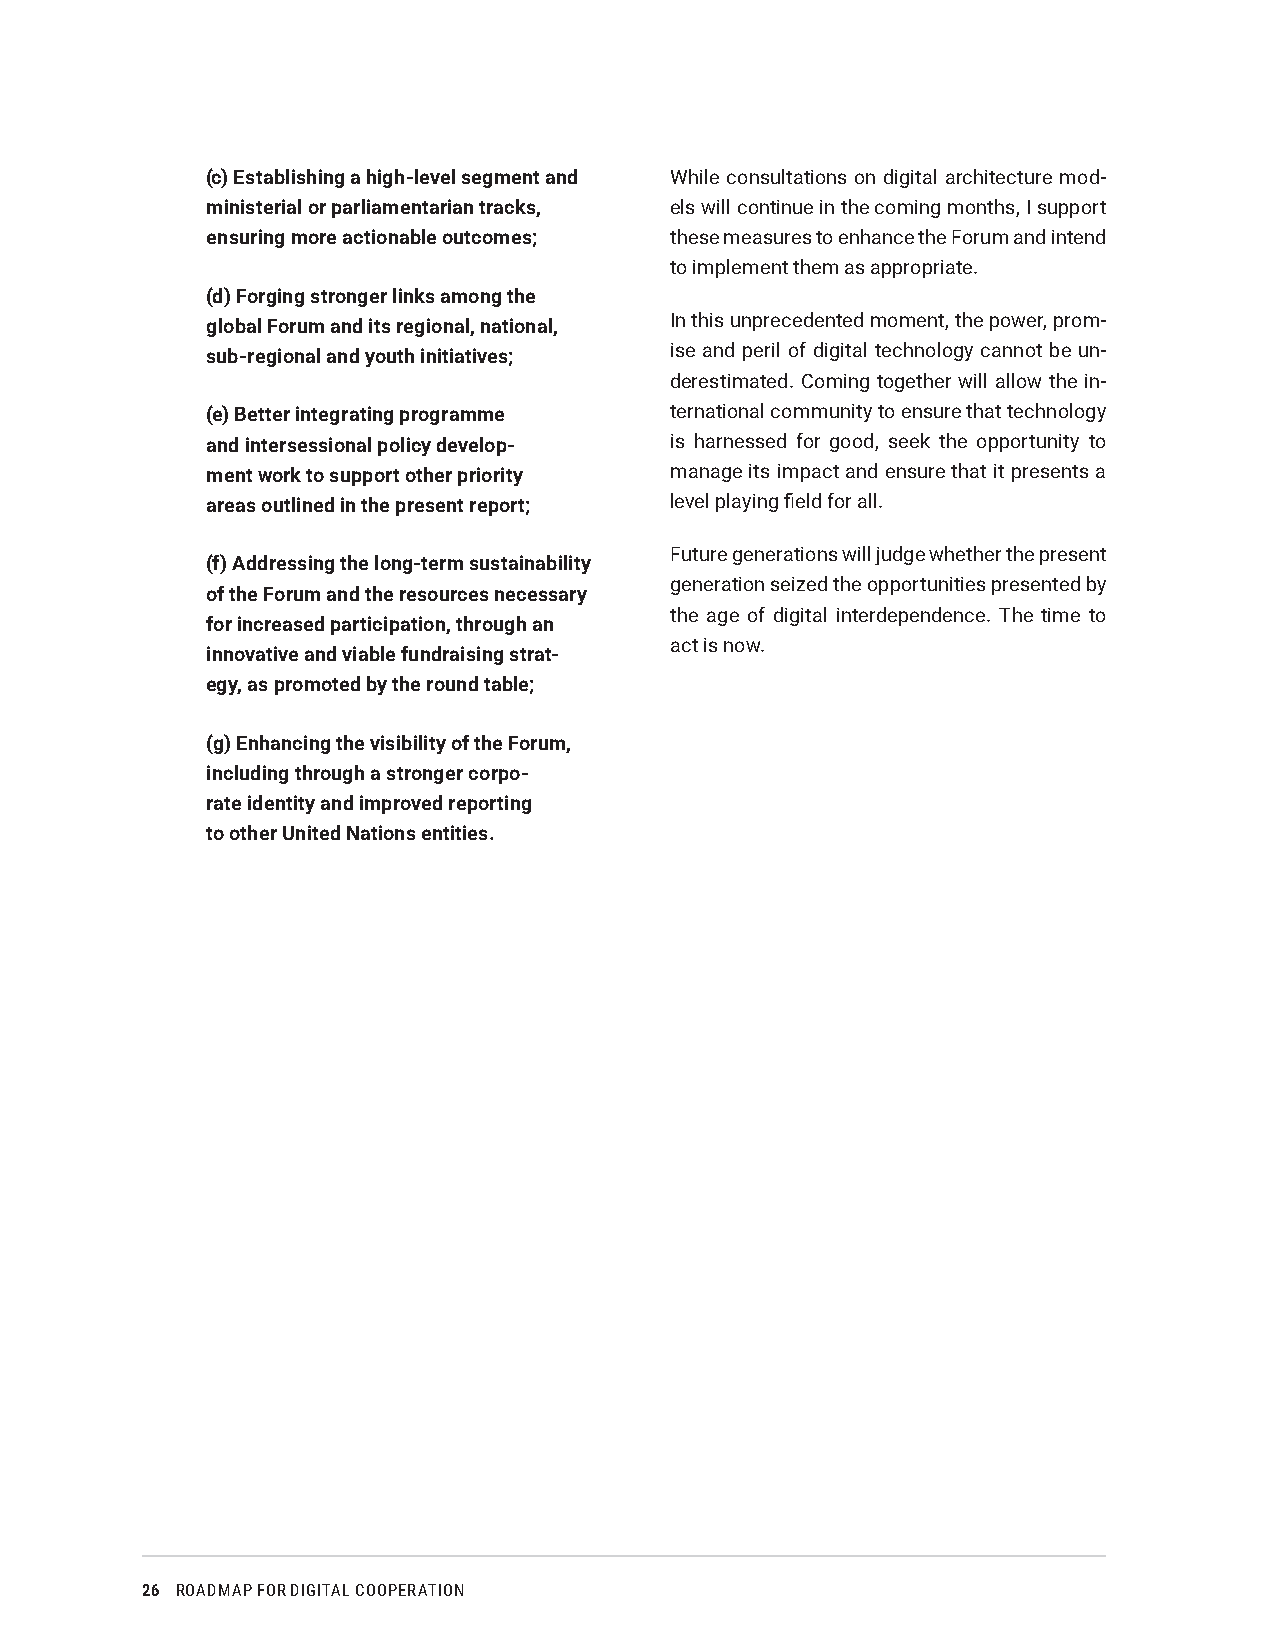
(c) Establishing a high-level segment and While consultations on digital architecture mod-
 ministerial or parliamentarian tracks, els will continue in the coming months, I support
 ensuring more actionable outcomes; these measures to enhance the Forum and intend
 to implement them as appropriate.
 (d) Forging stronger links among the
 global Forum and its regional, national, In this unprecedented moment, the power, prom-
 sub-regional and youth initiatives; ise and peril of digital technology cannot be un-
 derestimated. Coming together will allow the in-
 (e) Better integrating programme ternational community to ensure that technology
 and intersessional policy develop- is harnessed for good, seek the opportunity to
 ment work to support other priority manage its impact and ensure that it presents a
 areas outlined in the present report; level playing field for all.
 Future generations will judge whether the present
 (f) Addressing the long-term sustainability
 generation seized the opportunities presented by
 of the Forum and the resources necessary
 the age of digital interdependence. The time to
 for increased participation, through an
 act is now.
 innovative and viable fundraising strat-
 egy, as promoted by the round table;
 (g) Enhancing the visibility of the Forum,
 including through a stronger corpo-
 rate identity and improved reporting
 to other United Nations entities.
 26 ROADMAP FOR DIGITAL COOPERATION